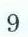
9